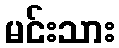
မင်းသား